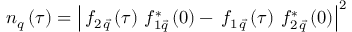
n _ { q } \left( \tau \right) = \left| \, f _ { 2 \, \vec { q } } \left( \tau \right) \, f _ { 1 \vec { q } } ^ { \ast } \left( 0 \right) - \, f _ { 1 \, \vec { q } } \left( \tau \right) \, f _ { 2 \, \vec { q } } ^ { \ast } \left( 0 \right) \right| ^ { 2 }